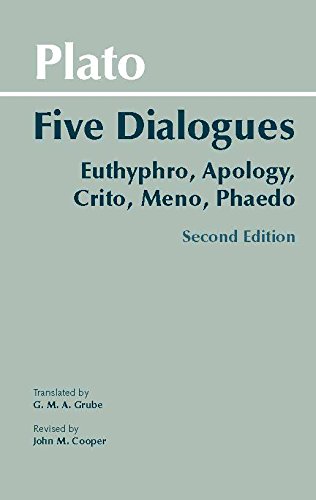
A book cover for Plato: Five Dialogues: Euthyphro, Apology, Crito, Meno, Phaedo (Hackett Classics); Plato; Politics & Social Sciences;